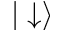
| \downarrow \rangle